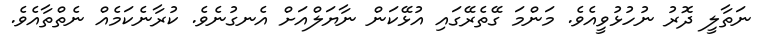
ނަތާލީ ދޮރު ނުހުޅުވީއެވެ. މަންމަ ގޭތެރޭގައި އުޅޭކަން ނާޔަލްއަށް އެނގުނެވެ. ކުރާނެކަމެއް ނެތްތާއެވެ.